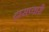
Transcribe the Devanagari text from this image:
दासप्यारी